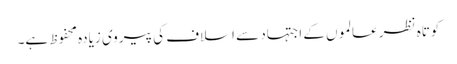
کوتاہ نظر عالموں کے اجتہاد سے اسلاف کی پیروی زیادہ محفوظ ہے۔